Civil Veterinary Dept. North-West Frontier Province 1923-32 - 1923-1932
Year: 1923
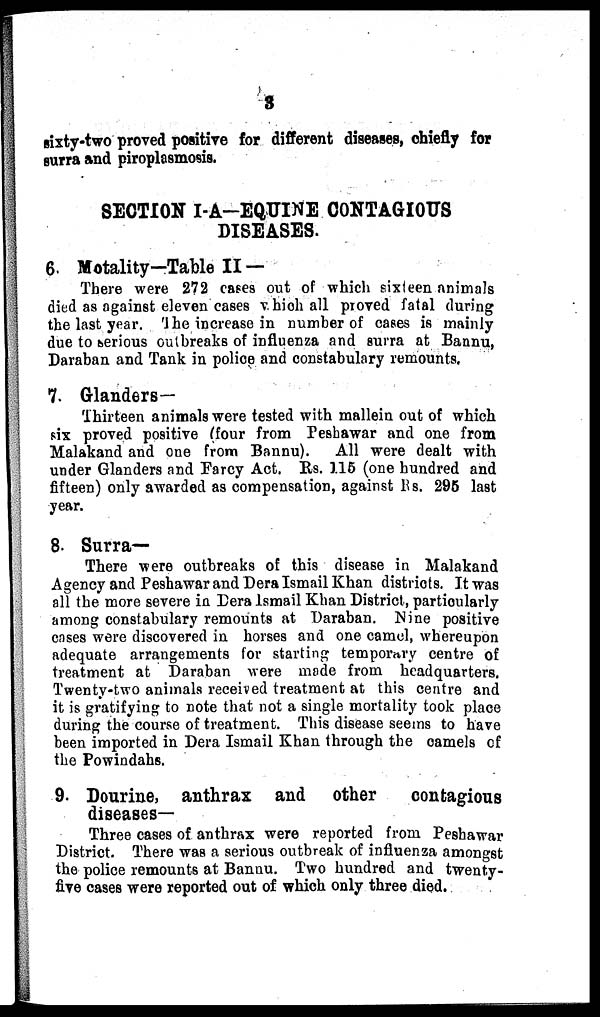
3
sixty-two proved positive for different diseases, chiefly for
surra and piroplasmosis.
SECTION I-A-EQUINE CONTAGIOUS
DISEASES.
6. Motality—Table II —
There were 272 cases out of which sixteen animals
died as against eleven cases which all proved fatal during
the last year. The increase in number of cases is mainly
due to serious outbreaks of influenza and surra at Bannu,
Daraban and Tank in police and constabulary remounts.
7. Glanders—
Thirteen animals were tested with mallein out of which
six proved positive (four from Peshawar and one from
Malakand and one from Bannu).
All were dealt with
under Glanders and Farcy Act. Rs. 115 (one hundred and
fifteen) only awarded as compensation, against Rs. 295 last
year.
8. Surra—
There were outbreaks of this disease in Malakand
Agency and Peshawar and Dera Ismail Khan districts. It was
all the more severe in Dera Ismail Khan District, particularly
among constabulary remounts at Daraban. Nine positive
cases were discovered in horses and one camel, whereupon
adequate arrangements for starting temporary centre of
treatment at Daraban were made from headquarters.
Twenty-two animals received treatment at this centre and
it is gratifying to note that not a single mortality took place
during the course of treatment. This disease seems to have
been imported in Dera Ismail Khan through the camels of
the Powindahs.
9. Dourine, anthrax and other
contagious
diseases—
Three cases of anthrax were reported from Peshawar
District. There was a serious outbreak of influenza amongst
the police remounts at Bannu. Two hundred and twenty-
five cases were reported out of which only three died.